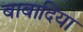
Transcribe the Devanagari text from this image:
बाबादिया